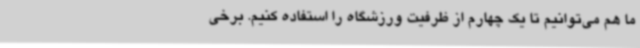
ما هم می‌توانیم تا یک چهارم از ظرفیت ورزشگاه را استفاده کنیم. برخی